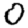
Digit: 0